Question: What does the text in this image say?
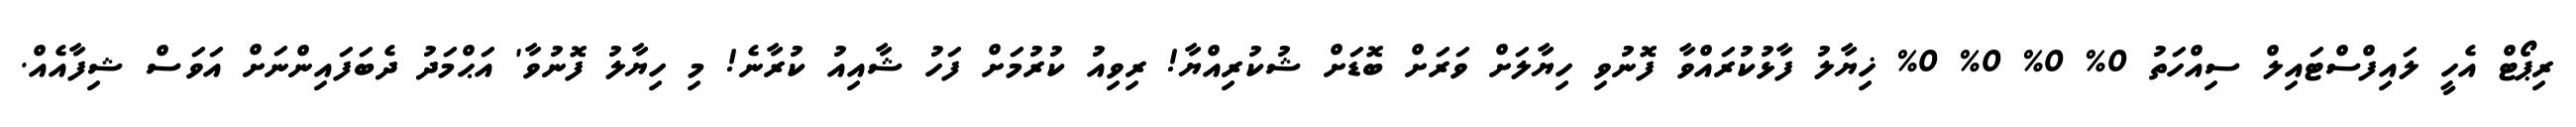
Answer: ރިޕޯޓް އެހީ ލައިފްސްޓައިލް ސިއްހަތު 0% 0% 0% 0% ޚިޔާލު ފާޅުކުރައްވާ ފޮނުވި ހިޔާލަށް ވަރަށް ބޮޑަށް ޝުކުރިއްޔާ! ރިވިއު ކުރުމަށް ފަހު ޝާއިއު ކުރާނެ! މި ހިޔާލު ފޮނުވާ' އަޙްމަދު ދެބަފައިންނަށް އަވަސް ޝިފާއެއް.